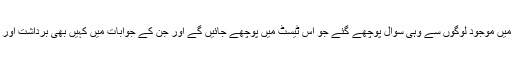
ایک تازہ شو میں تو یہ چیز مزید کھل کے سامنے آئی جب ٹرمپ کی ریلی میں موجود لوگوں سے وہی سوال پوچھے گئے جو اُس ٹیسٹ میں پوچھے جائیں گے اور جن کے جوابات میں کہیں بھی برداشت اور رواداری نظر نہیں آئی بلکہ امریکہ کے آئین کے خلاف بھی باتیں کی گئیں۔